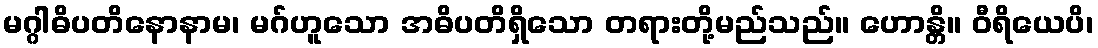
မဂ္ဂါဓိပတိနောနာမ၊ မဂ်ဟူသော အဓိပတိရှိသော တရားတို့မည်သည်။ ဟောန္တိ။ ဝီရိယေပိ၊